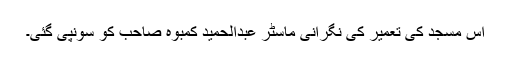
اس مسجد کی تعمیر کی نگرانی ماسٹر عبدالحمید کمبوہ صاحب کو سونپی گئی۔